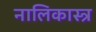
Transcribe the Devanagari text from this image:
नालिकास्‍त्र